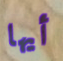
أيها